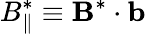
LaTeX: B_{\| }^{*}\equiv\mathbf{B}^{*}\cdot\mathbf{b}